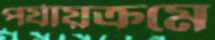
পর্যায়ক্রমে